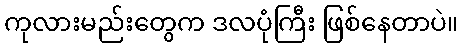
ကုလားမည်းတွေက ဒလပုံကြီး ဖြစ်နေတာပဲ။